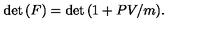
\det { ( F ) } = \det { ( 1 + P V / m ) } .